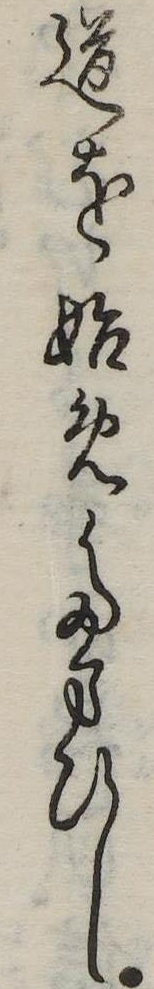
道を始めたまひし